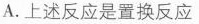
A. 上述反应是置换反应